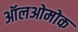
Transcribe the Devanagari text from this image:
ऑलओमोक